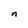
Character: n